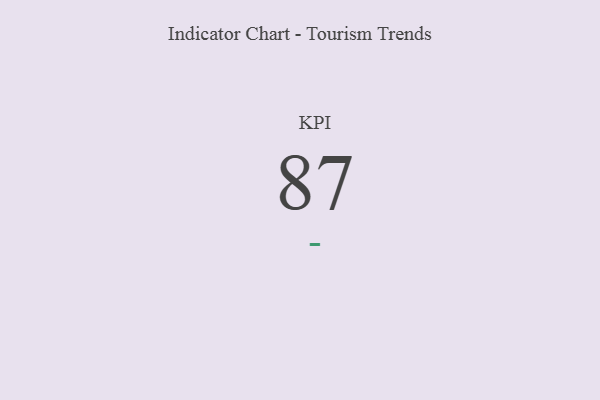
{"axis": {"x": "KPI", "y": "Value"}, "legend": [""], "data": [{"x": "KPI", "y": 87, "type": ""}]}